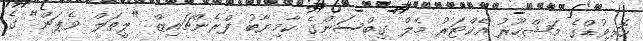
ހޮލީވުޑްގެ މަޝްހޫރު އެކްޓަރު މެލް ގިބްސަންގެ ކާމިޔާބު ފްރެންޗައިޒް "ލީތަލް ވެޕަން" ގެ